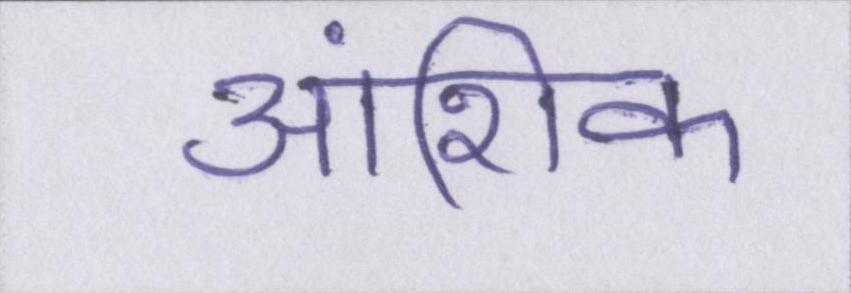
आंशिक